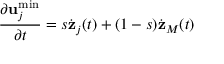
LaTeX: \frac { \partial { \bf u } _ { j } ^ { \operatorname * { m i n } } } { \partial t } = s \dot { { \bf z } } _ { j } ( t ) + ( 1 - s ) \dot { { \bf z } } _ { M } ( t )